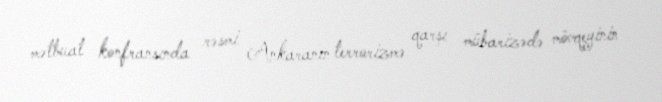
mətbuat konfransında rəsmi Ankaranın terrorizmə qarşı mübarizədə mövqeyinin